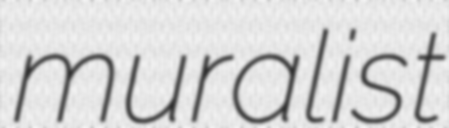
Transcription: muralist